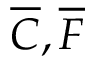
\overline { { C } } , \overline { { F } }